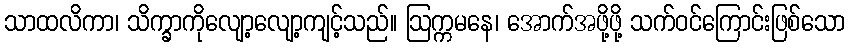
သာထလိကာ၊ သိက္ခာကိုလျော့လျော့ကျင့်သည်။ ဩက္ကမနေ၊ အောက်အဖို့ဖို့ သက်ဝင်ကြောင်းဖြစ်သော